Report on vaccination in Madras 1877-1894 - 1877-1894
Year: 1877
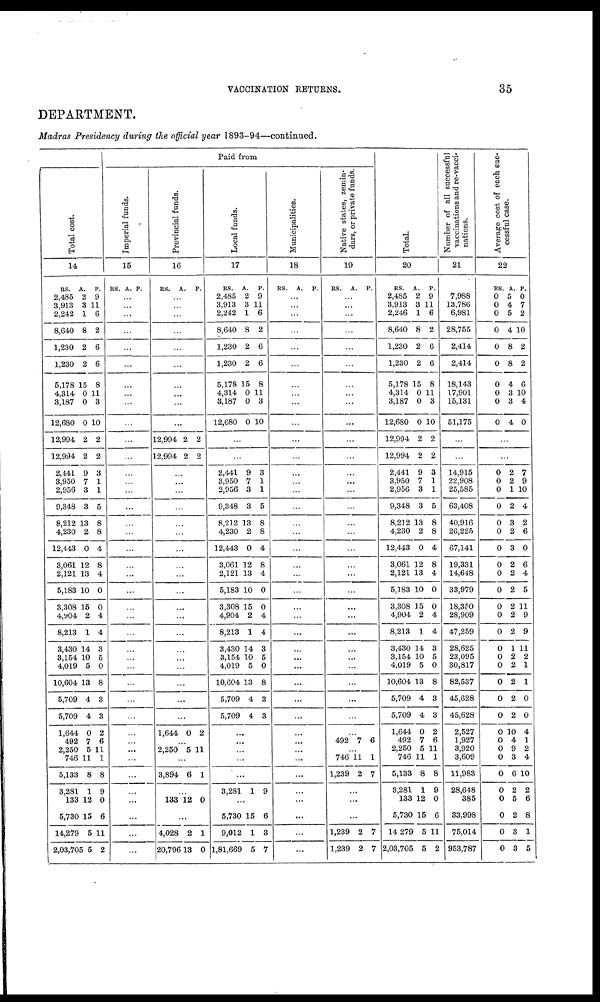
VACCINATION RETURNS.
35
DEPARTMENT.
Madras Presidency during the official year 1893-94—continued.
Paid from
Total cost.
14
RS.
2,485
3,913
2,242
8,640
1,230
1,230
5,178
4,314
3,187
12,680
12,994
12,994
2,441
3,950
2,956
9,348
8,212
4,230
12,443
3,061
2,121
5,183
3,308
4,y04
8,213
3,430
3,154
4,019
10,604
5,709
5,709
1,644
492
2,250
746
5,133
3,281
133
5,730
14,279
2,03,70
A.
2
8 1
1
8
2
2
15
0
0
0
2
2
9
7
3
3
13
2
0
12
13
10
15
2
1
14
10
5
13
4
4
0
7
5
11
8
1
12
15
5
5 5
P.
9
1
6
2
6
6
8
11
3
10
2
2
3
1
1
5
8
8
4
8
4
0
0
4
4
3
5
0
8
3
3
2
6
11
1
8
9
0
6
11
2
Imperial funds.
15
RS. A. P.
...
...
...
...
...
...
...
...
...
...
...
...
...
...
...
...
...
...
...
...
...
...
...
...
...
...
...
...
...
...
...
...
...
...
...
...
...
...
...
...
...
Provincial funds.
16
RS.
A. P.
...
...
...
...
...
...
...
...
...
...
12,994
12,994
2
2
2
2
...
...
...
...
...
...
...
...
...
...
...
...
...
...
...
...
...
...
...
1,644 0 2
...
2,250 5 11
...
3,894 6 1
...
133 12 0
...
4,028
20,796
2
13
1
0
Local funds.
17
RS.
2,485
3,913
2,242
8,640
1,230
1,230
5,178
4,314
3,187
12,680
A.
2
3
1
8
2
2
15
0
0
0
P.
9
11
6
2
6
6
8
11
3
10
...
...
2,441
3,950
2,956
9,348
8,212
4,230
12,443
3,061
2,121
5,183
3,308
4,904
8,213
3,430
3,154
4,019
10,604
5,709
5,709
9
7
3
3
13
2
0
12
13
10
15
2
1
14
10
5
13
4
4
3
1
1
5
8
8
4
8
4
0
0
4
4
3
5
0
8
3
3
...
...
...
...
...
3,281 1 9
...
5,730
9,012
1,81,669
15
1
5
6
3
7
Municipalities.
18
RS. A. P.
...
...
...
...
...
...
...
...
...
...
...
...
...
...
...
...
...
...
...
...
...
...
...
...
...
...
...
...
...
...
...
...
...
...
...
...
...
...
...
...
...
Native states, zemin-
dars, or private funds.
19
RS. A. P.
...
...
...
...
...
...
...
...
...
...
...
...
...
...
...
...
...
...
...
...
...
...
...
...
...
...
...
...
...
...
...
...
492 7 6
...
746
1,239
11
2
1
7
...
...
...
1,239
1,239
2
2
7
7
Total.
20
RS.
2,485
3,913
2,246
8,640
1,230
1,230
5,178
4,314
3,187
12,680
12,994
12,994
2,441
3,950
2,956
9,348
8,212
4,230
12,443
3,061
2,121
5,183
3,308
4,904
8,213
3,430
3,154
4,019
10,604
5,709
5,709
1,644
492
2,250
746
5,133
3,281
133
5,730
14 279
2,03,705
A.
2
3
1
8
2
2
15
0
0
0
2
2
9
7
3
3
13
2
0
12
13
10
15
2
1
14
10
5
13
4
4
0
7
5
11
8
1
12
15
5
5
P.
9
11
6
2
6
6
8
11
3
10
2
2
3
1
1
5
8
8
4
8
4
0
0
4
4
3
5
0
8
3
3
2
6
11
1
8
9
0
6
11
2
Number of all successful
vaccinations and re-vacci-
nations.
21
7,988
13,786
6,981
28,755
2,414
2,414
18,143
17,901
15,131
51,175
...
...
14,915
22,908
25,585
63,408
40,916
26,225
67,141
19,331
14,648
33,979
18,350
28,909
47,259
28,625
23,095
30,817
82,537
45,628
45,628
2,527
1,927
3,920
3,609
11,983
28,648
385
33,998
75,014
953,787
Average cost of each suc-
cessful case.
22
RS.
0
0
0
0
0
0
0
0
0
0
A.
5
4
5
4
8
8
4
3
3
4
P.
0
7
2
10
2
2
6
10
4
0
...
...
0
0
0
0
0
0
0
0
0
0
0
0
0
0
0
0
0
0
0
0
0
0
0
0
0
0
0
0
0
2
2
1
2
3
2
3
2
2
2
2
2
2
1
2
2
2
2
2
10
4
9
3
6
2
5
2
3
3
7
9
10
4
2
6
0
6
4
5
11
9
9
11
2
1
1
0
0
4
1
2
4
10
2
6
8
1
5